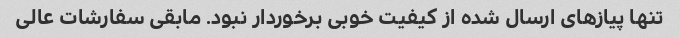
تنها پیازهای ارسال شده از کیفیت خوبی برخوردار نبود. مابقی سفارشات عالی